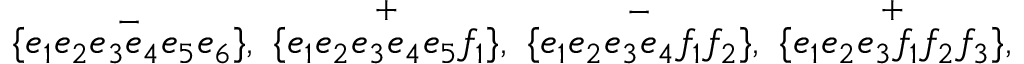
\{ \stackrel { - } { e _ { 1 } e _ { 2 } e _ { 3 } e _ { 4 } e _ { 5 } e _ { 6 } } \} , \ \{ \stackrel { + } { e _ { 1 } e _ { 2 } e _ { 3 } e _ { 4 } e _ { 5 } f _ { 1 } } \} , \ \{ \stackrel { - } { e _ { 1 } e _ { 2 } e _ { 3 } e _ { 4 } f _ { 1 } f _ { 2 } } \} , \ \{ \stackrel { + } { e _ { 1 } e _ { 2 } e _ { 3 } f _ { 1 } f _ { 2 } f _ { 3 } } \} ,